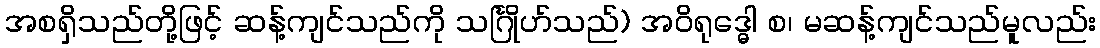
အစရှိသည်တို့ဖြင့် ဆန့်ကျင်သည်ကို သင်္ဂြိုဟ်သည်) အဝိရုဒ္ဓေါ စ၊ မဆန့်ကျင်သည်မူလည်း